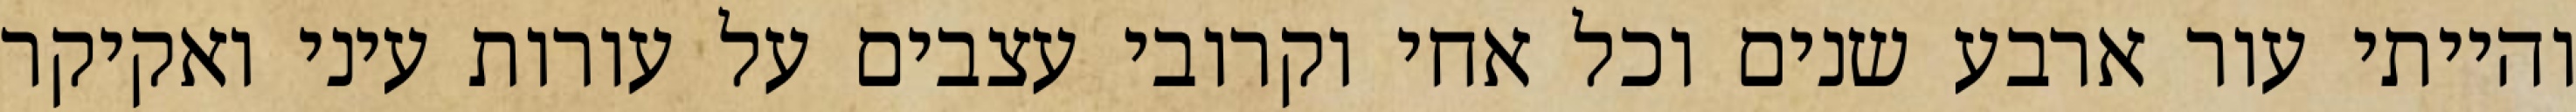
והייתי עור ארבע שנים וכל אחי וקרובי עצבים על עורות עיני ואקיקר